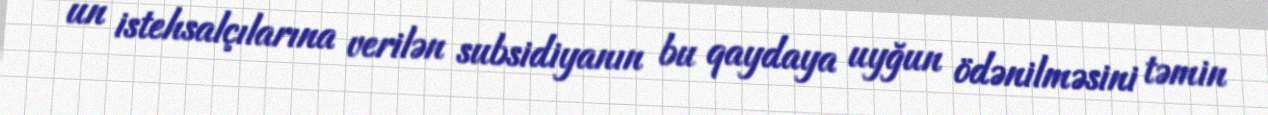
un istehsalçılarına verilən subsidiyanın bu qaydaya uyğun ödənilməsini təmin